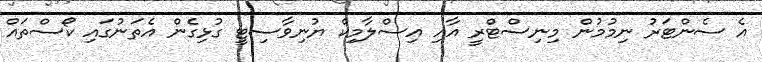
އެ ސެންޓަރު ނިމުމުން މިނިސްޓްރީ އާއި އިސްލާމިކް ޔުނިވާސިޓީ ގުޅިގެން އެތަނުގައި ކޯސްތައް